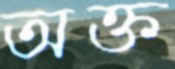
অক্ত